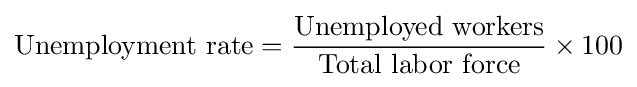
{\text{Unemployment rate}}={\frac {\text{Unemployed workers}}{\text{Total labor force}}}\times 100